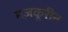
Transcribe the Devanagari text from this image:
मज़कूरीन